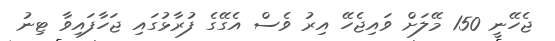
ޖެހޭނީ 150 މޭލަށް ވައިޖެހޭ އިރު ވެސް އެގޭގެ ފުރާޅުގައި ޖަހާފައިވާ ޓިނު